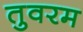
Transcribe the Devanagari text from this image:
तुवरम